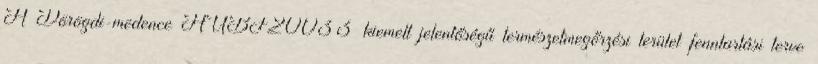
A Dörögdi-medence HUBF20033 kiemelt jelentőségű természetmegőrzési terület fenntartási terve